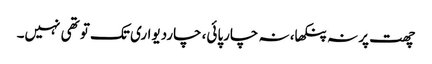
چھت پر نہ پنکھا، نہ چارپائی، چاردیواری تک تو تھی نہیں۔